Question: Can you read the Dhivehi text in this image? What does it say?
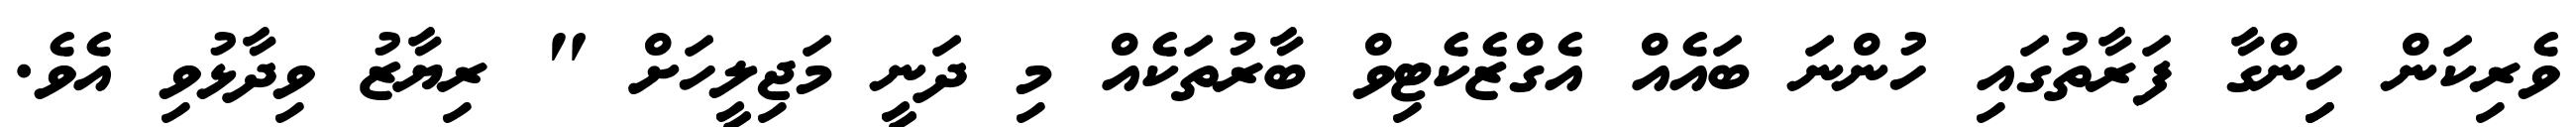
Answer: ވެރިކަން ހިިންގާ ފަރާތުގައި ހުންނަ ބައެއް އެގްޒެކެޓިވް ބާރުތަކެއް މި ދަނީ މަޖިލީހަށް " ރިޔާޒު ވިދާޅުވި އެވެ.